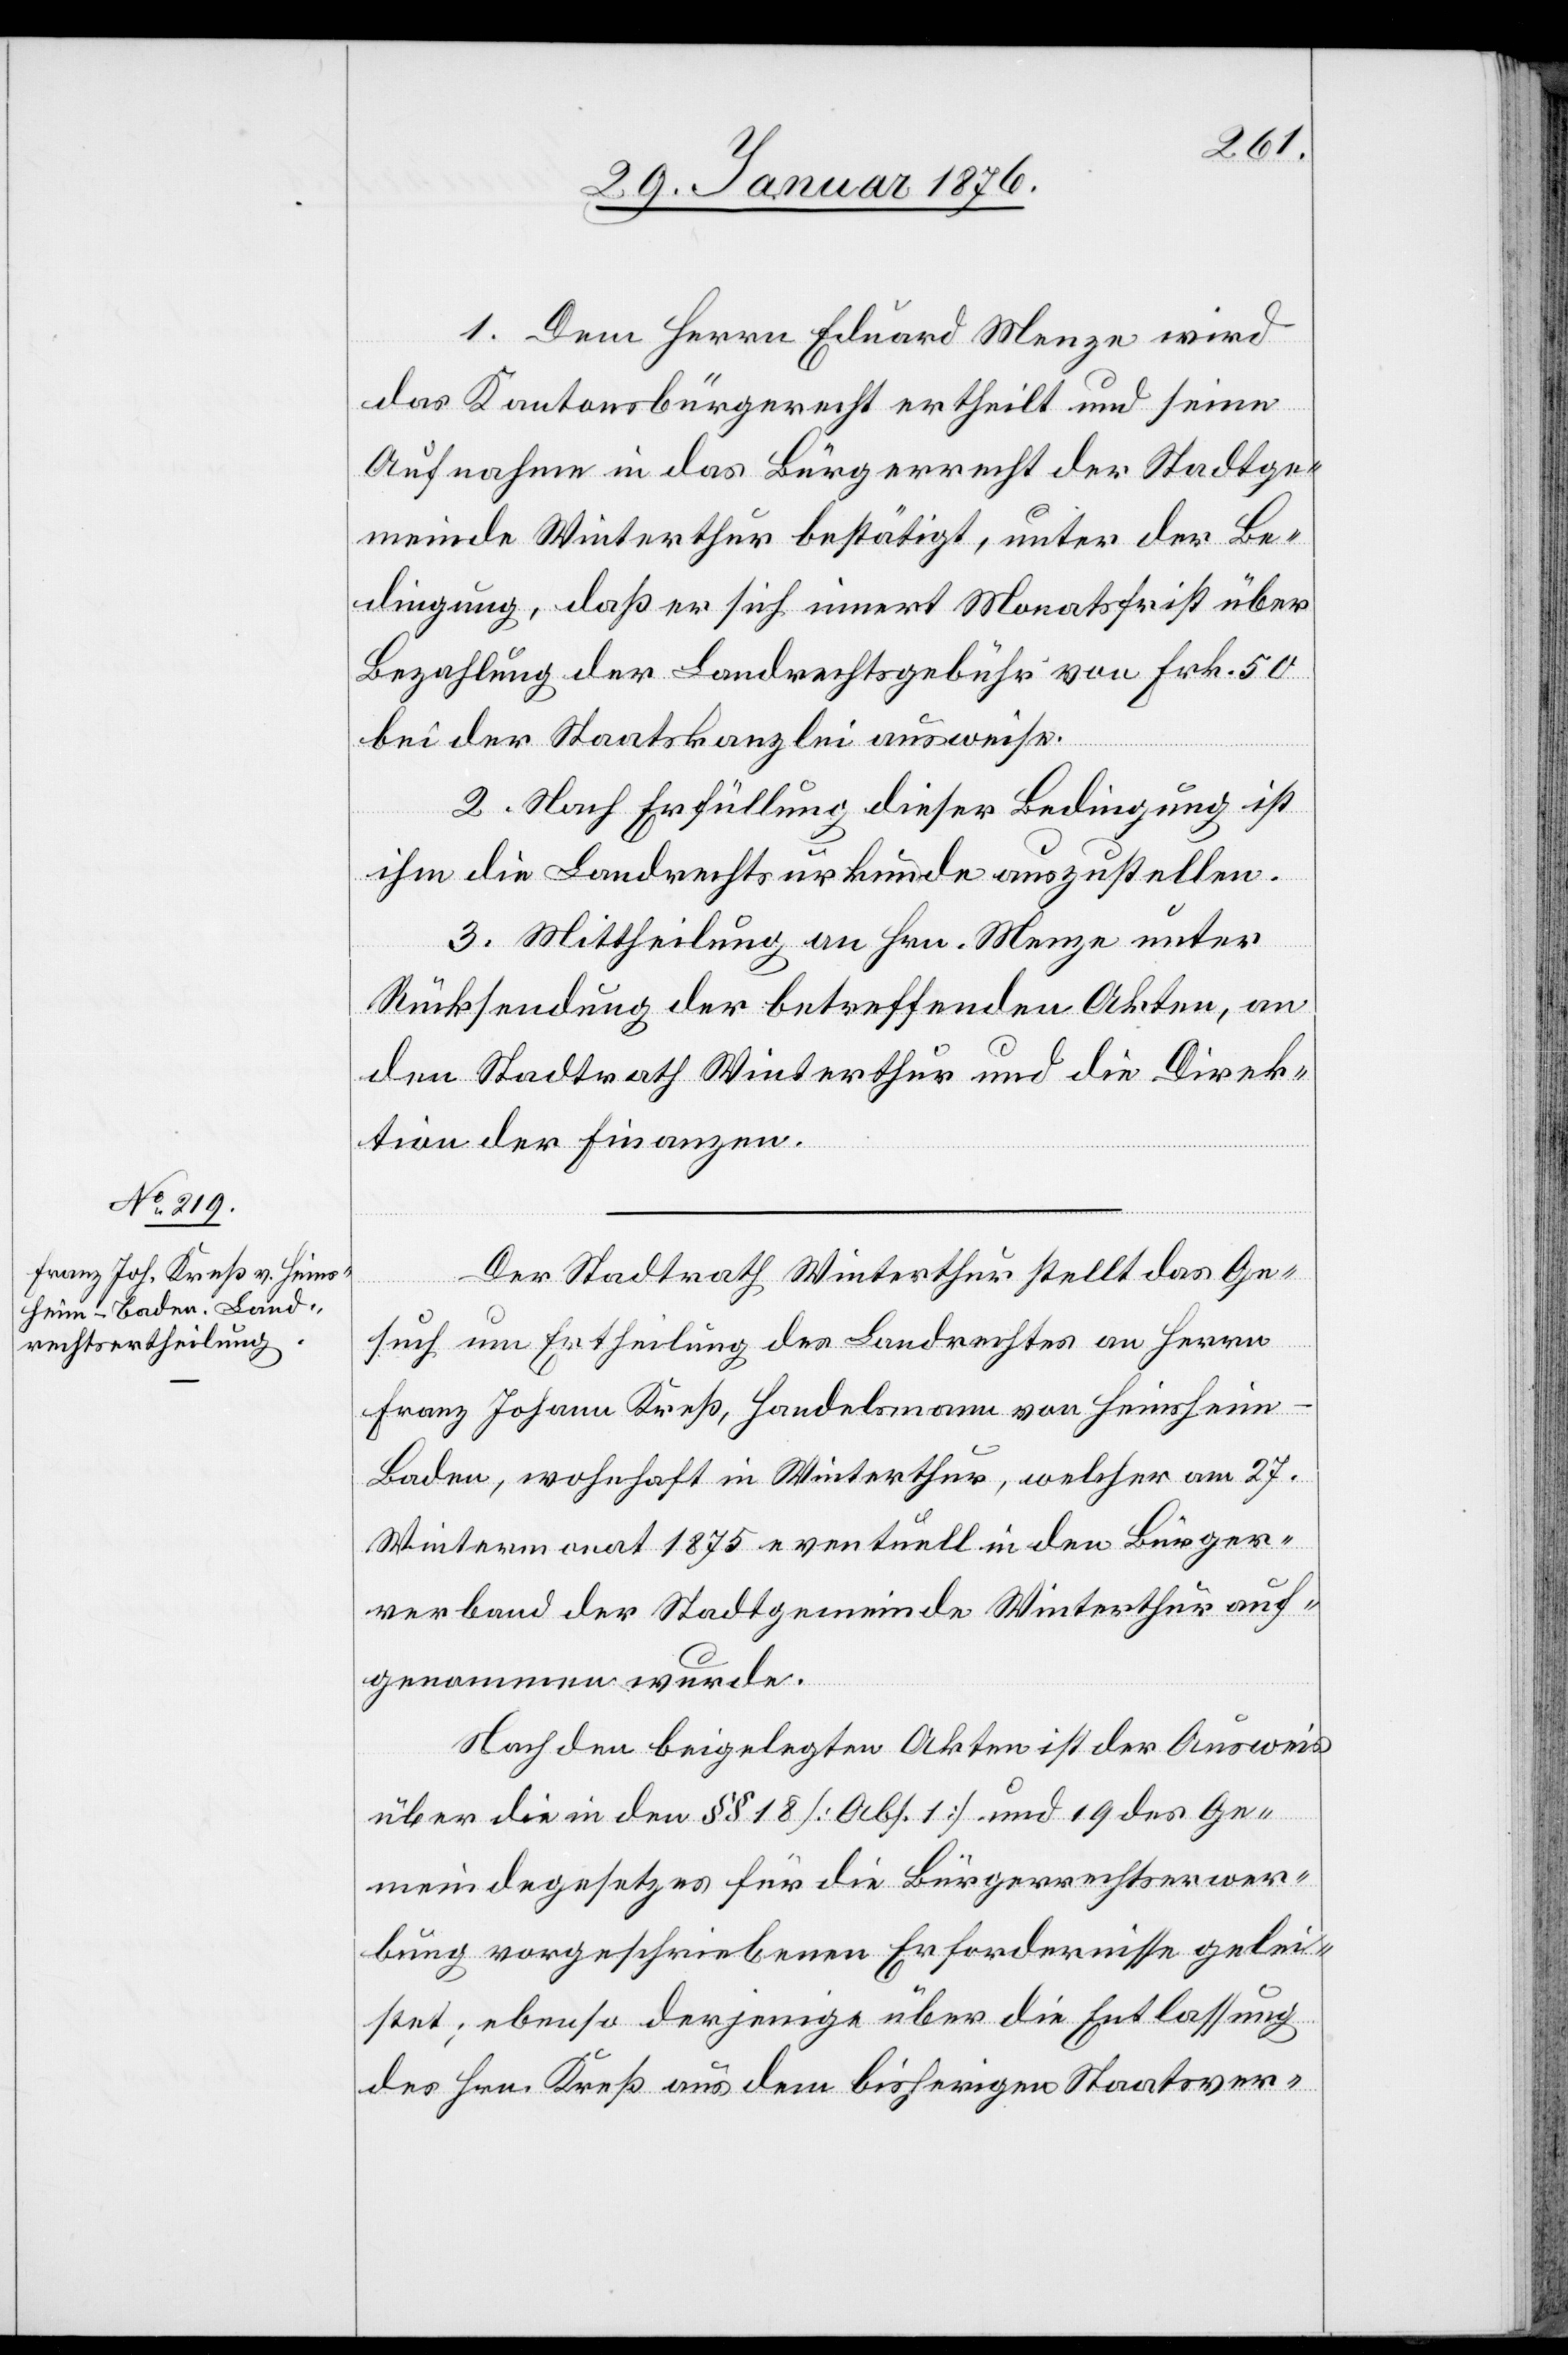
1. Dem Herrn Eduard Menze wird
das Kantonsbürgerrecht ertheilt und seine
Aufnahme in das Bürgerrecht der Stadtge¬
meinde Winterthur bestätigt, unter der Be¬
dingung, daß er sich innert Monatsfrist über
Bezahlung der Landrechtsgebühr von Frk. 50
bei der Staatkanzlei ausweise.
2. Nach Erfüllung dieser Bedingung ist
ihm die Landrechtsurkunde auszustellen.
3. Mittheilung an Hrn. Menze unter
Rücksendung der betreffenden Akten, an
den Stadtrath Winterthur und die Direk¬
tion der Finanzen.